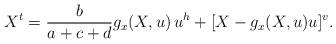
LaTeX: \begin{align*} X^{t} = \frac{b}{a+c+d} g_x(X,u) \,u^h + [X - g_x(X,u)u]^v.\end{align*}